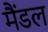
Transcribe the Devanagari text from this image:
मैंडल